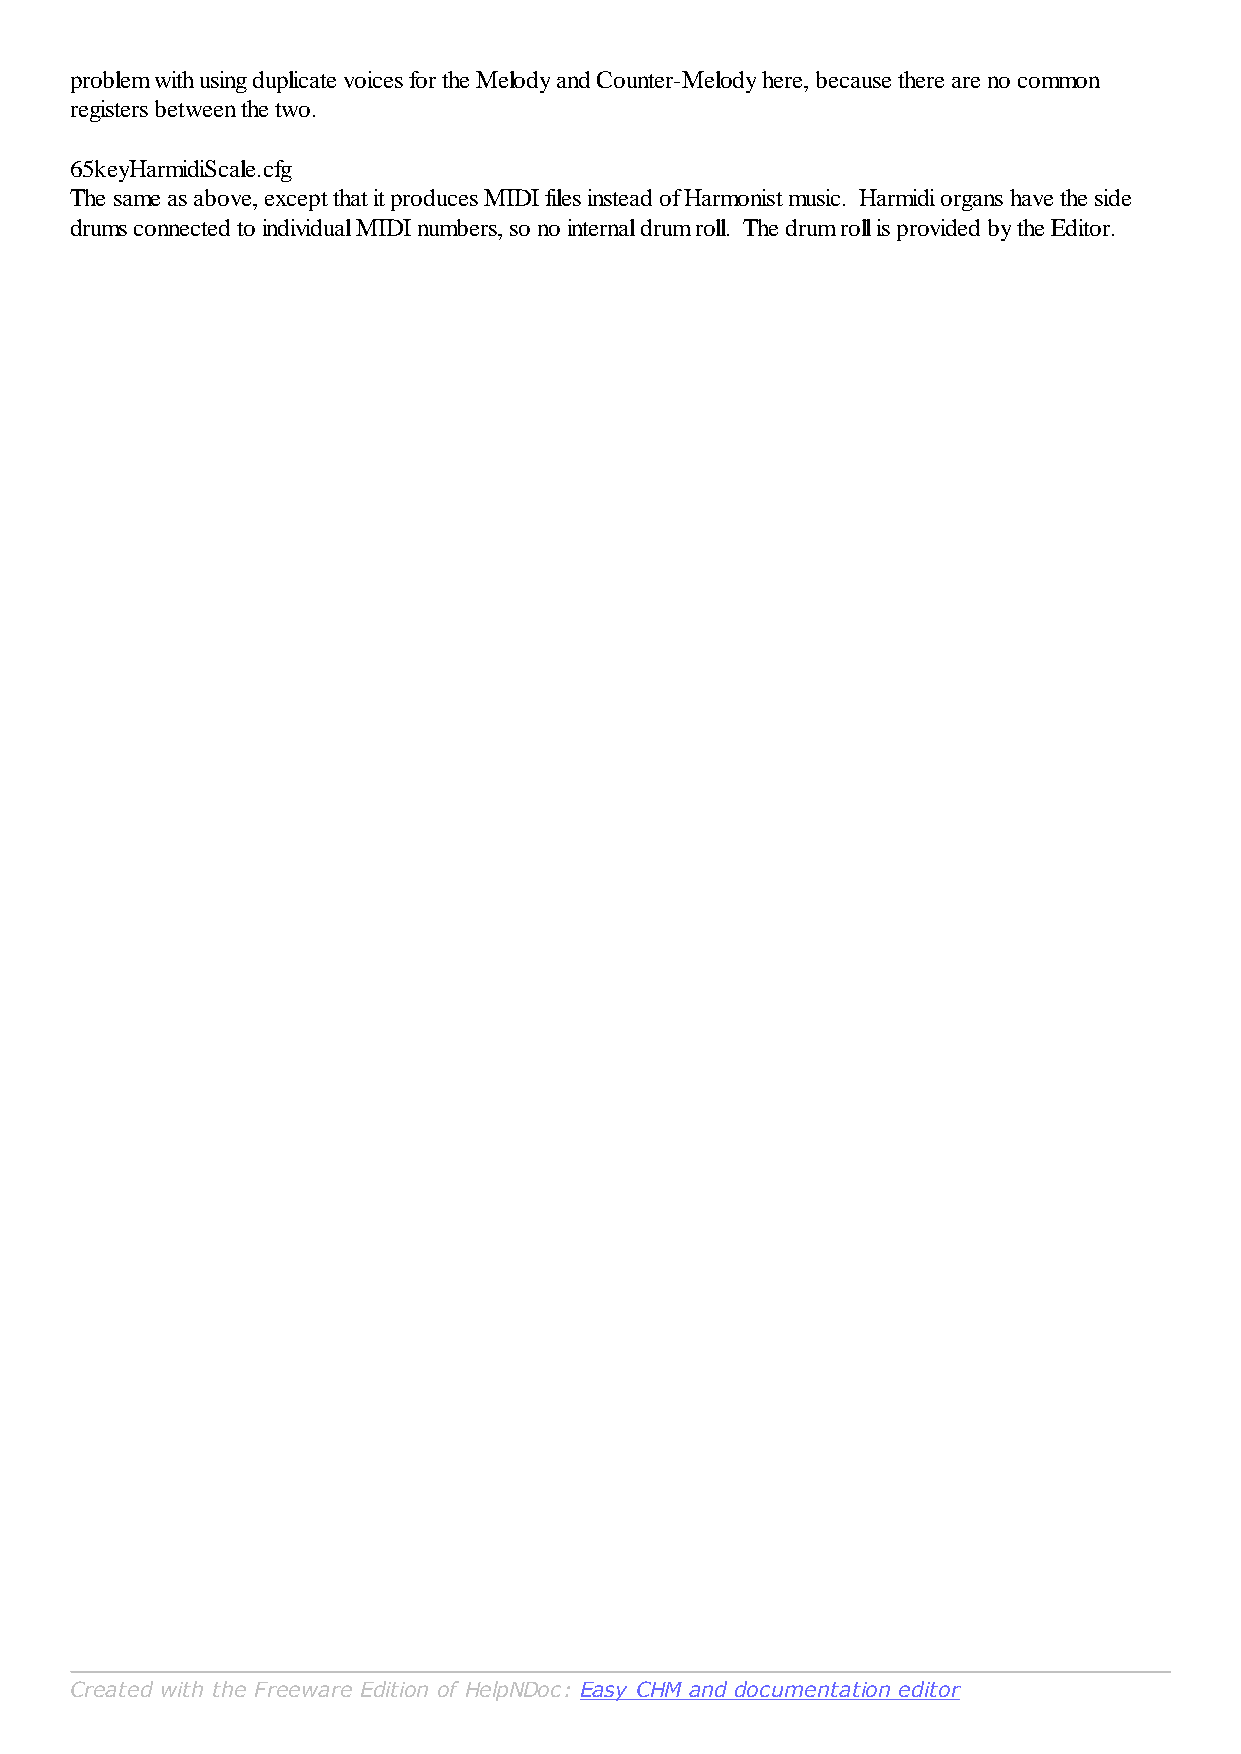
problem with using duplicate voices for the Melody and Counter-Melody here, because there are no common
 registers between the two.
 65keyHarmidiScale.cfg
 The same as above, except that it produces MIDI files instead of Harmonist music. Harmidi organs have the side
 drums connected to individual MIDI numbers, so no internal drum roll. The drum roll is provided by the Editor.
 Created with the Freeware Edition of HelpNDoc: Easy CHM and documentation editor